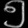
Digit: ၅